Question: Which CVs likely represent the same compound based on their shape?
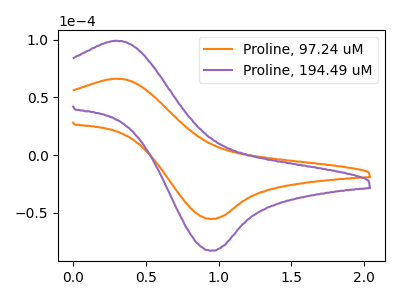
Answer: <think>The orange curve "Proline, 97.24 uM" has an anodic peak at (0.30V, 66.30uA) and a cathodic peak at (0.95V, -55.40uA). The purple curve "Proline, 194.49 uM" has an anodic peak at (0.30V, 99.25uA) and a cathodic peak at (0.95V, -82.95uA).
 All the peaks in "Proline, 97.24 uM" have a peak in "Proline, 194.49 uM" at the same potential. Every peak in "Proline, 97.24 uM" is lower than every peak in "Proline, 194.49 uM".</think>
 <answer>"Proline, 97.24 uM" and "Proline, 194.49 uM" have the same shape and are likely CV's of the same chemical.</answer>
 <eval>"Proline, 97.24 uM" "Proline, 194.49 uM"</eval>